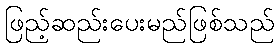
ဖြည့်ဆည်းပေးမည်ဖြစ်သည်